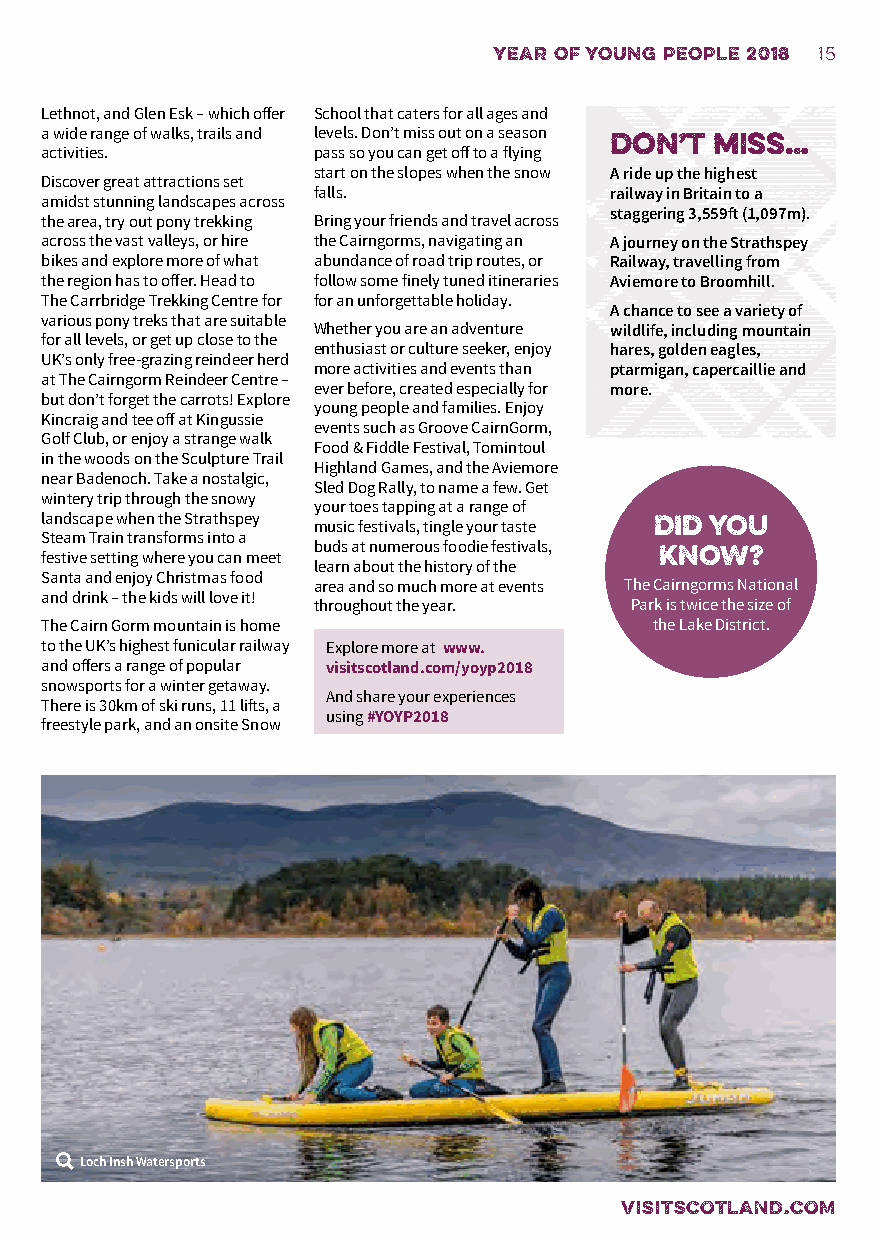
year of young people 2018 15
 Lethnot, and Glen Esk – which offer School that caters for all ages and
 a wide range of walks, trails and levels. Don’t miss out on a season
 don’t  miss…
 activities.       pass so you can get off to a flying
 start on the slopes when the snow A ride up the highest
 Discover great attractions set
 falls.             railway in Britain to a
 amidst stunning landscapes across
 staggering 3,559ft (1,097m).
 the area, try out pony trekking Bring your friends and travel across
 across the vast valleys, or hire the Cairngorms, navigating an A journey on the Strathspey
 bikes and explore more of what abundance of road trip routes, or Railway, travelling from
 the region has to offer. Head to follow some finely tuned itineraries Aviemore to Broomhill.
 The Carrbridge Trekking Centre for for an unforgettable holiday.
 A chance to see a variety of
 various pony treks that are suitable
 Whether you are an adventure wildlife, including mountain
 for all levels, or get up close to the
 enthusiast or culture seeker, enjoy hares, golden eagles,
 UK’s only free-grazing reindeer herd
 more activities and events than ptarmigan, capercaillie and
 at The Cairngorm Reindeer Centre –
 ever before, created especially for more.
 but don’t forget the carrots! Explore
 young people and families. Enjoy
 Kincraig and tee off at Kingussie
 events such as Groove CairnGorm,
 Golf Club, or enjoy a strange walk
 Food & Fiddle Festival, Tomintoul
 in the woods on the Sculpture Trail
 Highland Games, and the Aviemore
 near Badenoch. Take a nostalgic,
 Sled Dog Rally, to name a few. Get
 wintery trip through the snowy
 your toes tapping at a range of
 landscape when the Strathspey music festivals, tingle your taste Did you
 Steam Train transforms into a
 buds at numerous foodie festivals,
 festive setting where you can meet       know?
 learn about the history of the
 Santa and enjoy Christmas food
 area and so much more at events The Cairngorms National
 and drink – the kids will love it!
 throughout the year. Park is twice the size of
 The Cairn Gorm mountain is home         the Lake District.
 to the UK’s highest funicular railway Explore more at www.
 and offers a range of popular visitscotland.com/yoyp2018
 snowsports for a winter getaway.
 And share your experiences
 There is 30km of ski runs, 11 lifts, a
 using #YOYP2018
 freestyle park, and an onsite Snow
 Loch Insh Watersports
 VISITSCOTLAND.COM